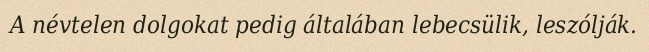
A névtelen dolgokat pedig általában lebecsülik, leszólják.